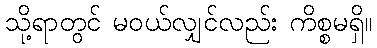
သို့ရာတွင် မဝယ်လျှင်လည်း ကိစ္စမရှိ။